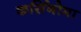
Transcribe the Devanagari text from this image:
कर्सिनोमा